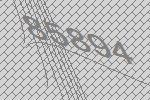
85894